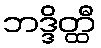
ဘဒ္ဒိတ္ထီ